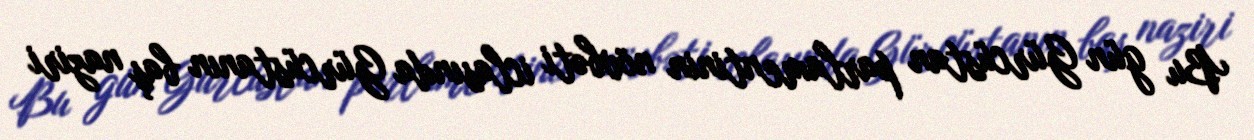
Bu gün Gürcüstan parlamentinin növbəti iclasında Gürcüstanın baş naziri